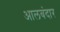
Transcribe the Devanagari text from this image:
आलबंदार